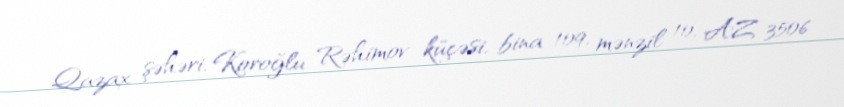
Qazax şəhəri, Koroğlu Rəhimov küçəsi, bina 109, mənzil 10, AZ 3506